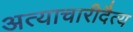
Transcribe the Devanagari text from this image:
अत्याचारीदैत्य